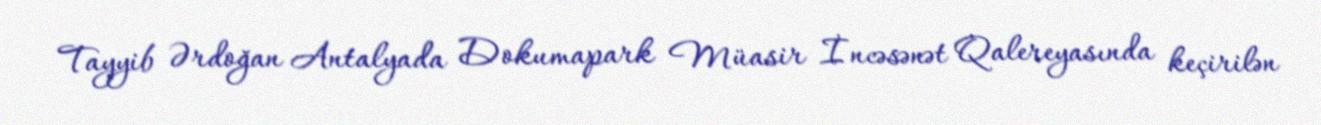
Tayyib Ərdoğan Antalyada Dokumapark Müasir İncəsənət Qalereyasında keçirilən